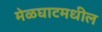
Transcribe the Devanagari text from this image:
मेळघाटमधील